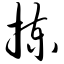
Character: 拣